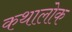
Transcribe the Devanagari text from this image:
कथालोक